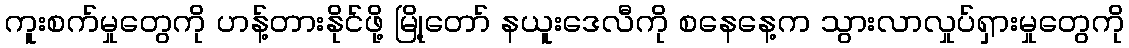
ကူးစက်မှုတွေကို ဟန့်တားနိုင်ဖို့ မြို့တော် နယူးဒေလီကို စနေနေ့က သွားလာလှုပ်ရှားမှုတွေကို